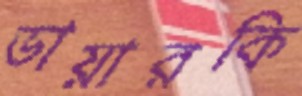
ডায়ারকি